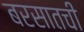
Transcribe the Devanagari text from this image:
बरसातची